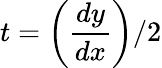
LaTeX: t=\left({\frac{dy}{dx}}\right)/2